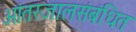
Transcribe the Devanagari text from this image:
आंतरजालसंबंधित